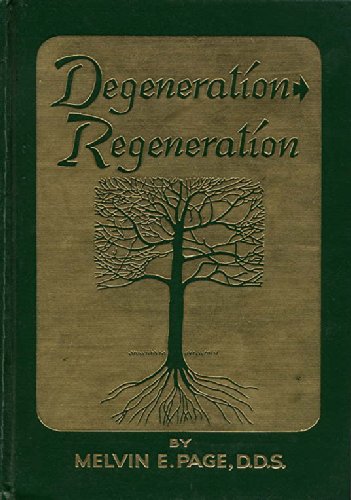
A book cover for Degeneration-Regeneration; Melvin E. D.D.S. Page; Medical Books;